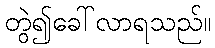
တွဲ၍ခေါ်လာရသည်။